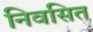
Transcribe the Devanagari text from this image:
निवसित